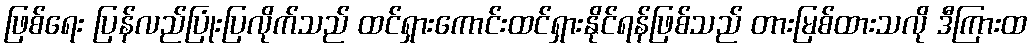
ဖြစ်ရေး ပြန်လည်ပြုံးပြလိုက်သည် ထင်ရှားကောင်းထင်ရှားနိုင်ရန်ဖြစ်သည် တားမြစ်ထားသလို ဒီကြားထ